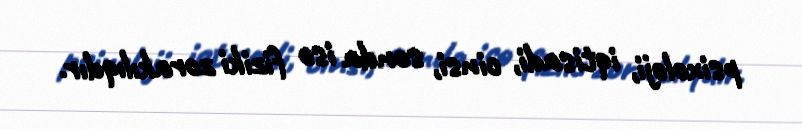
psixoloji, iqtisadi, cinsi, sonda isə fiziki zorakılıqdır.